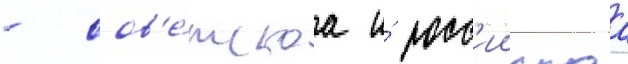
- сов'е́тскаа и́ росс'иискаа